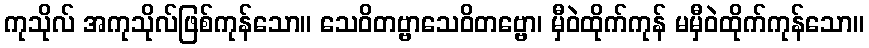
ကုသိုလ် အကုသိုလ်ဖြစ်ကုန်သော။ သေဝိတဗ္ဗာသေဝိတဗ္ဗော၊ မှီဝဲထိုက်ကုန် မမှီဝဲထိုက်ကုန်သော။